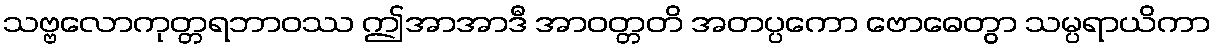
သဗ္ဗလောကုတ္တရဘာဝဿ ဤအာအာဒီ အာဝတ္တတိ အတပ္ပကော ဗောဓေတွာ သမ္ပရာယိကာ